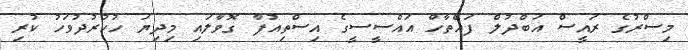
މިސްރުގެ ރައީސް އަބްދުލް ފައްތާހް އައްސީސީގެ އިސްތިއުފާ ގޮވާލައި މިދިޔަ ހުކުރުދުވަހު ކުރި